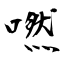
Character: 嘫